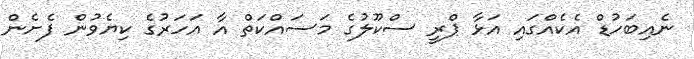
ނެއިބަހުޑް އެކެއްގައި އަޅާ ޕްރީ ސްކޫލުގެ މަސައްކަތް އާ އަހަރުގެ ކިޔެވުން ފެށެން